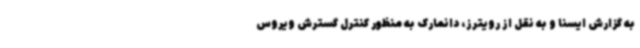
به گزارش ایسنا و به نقل از رویترز، دانمارک به منظور کنترل گسترش ویروس